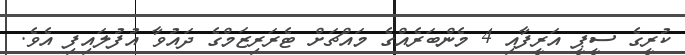
ކުރީގެ ސީޕީ އަރީފާއި 4 މެންބަރެއްގެ މައްޗަށް ޓެރަރިޒަމްގެ ދައުވާ އުފުލައިފި އެވެ.